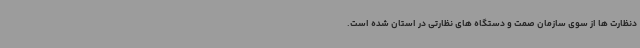
دنظارت ها از سوی سازمان صمت و دستگاه های نظارتی در استان شده است.